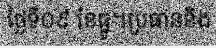
ថ្ងៃទី០៩ ខែធ្នូ។ប្រធាននិង